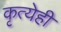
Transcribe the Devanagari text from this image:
कृत्येही